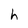
Character: h